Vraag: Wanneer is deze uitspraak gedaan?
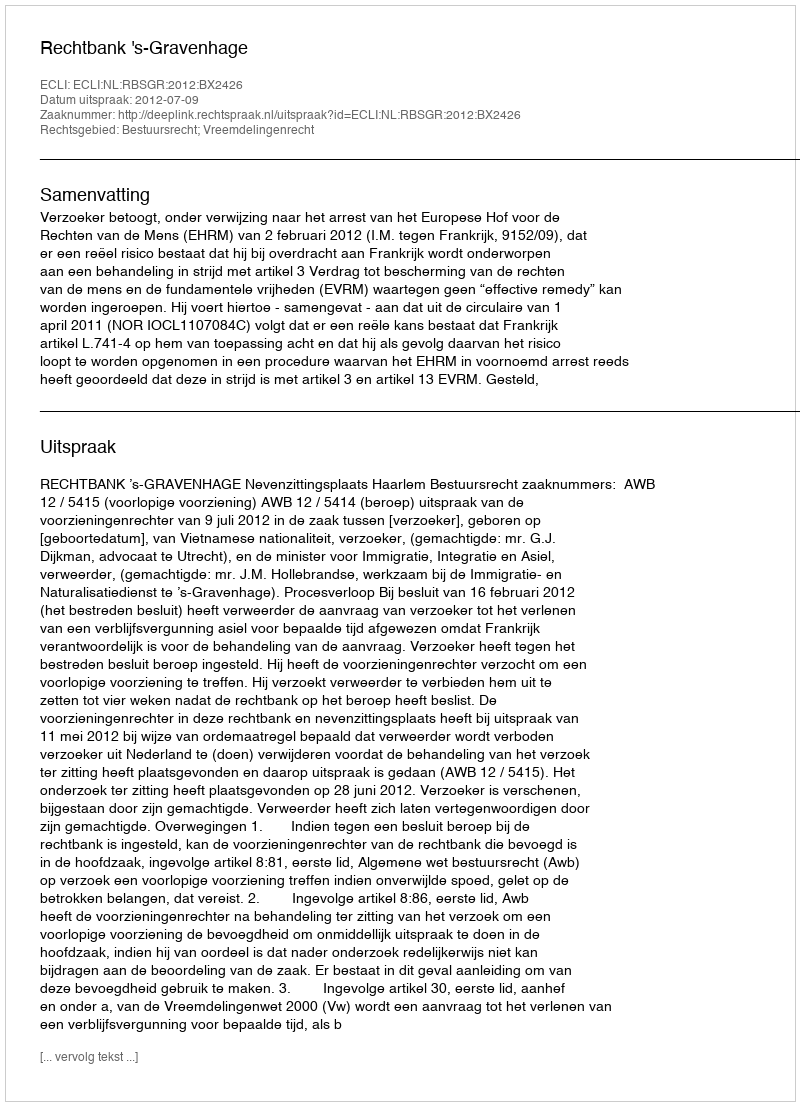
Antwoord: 2012-07-09